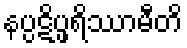
နပ္ပဋိပ္ဖရိဿာမီတိ